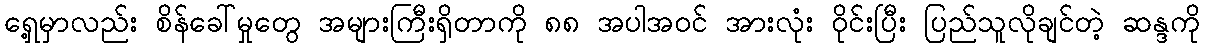
ရှေ့မှာလည်း စိန်ခေါ်မှုတွေ အများကြီးရှိတာကို ၈၈ အပါအဝင် အားလုံး ဝိုင်းပြီး ပြည်သူလိုချင်တဲ့ ဆန္ဒကို